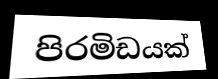
පිරමිඩයක්